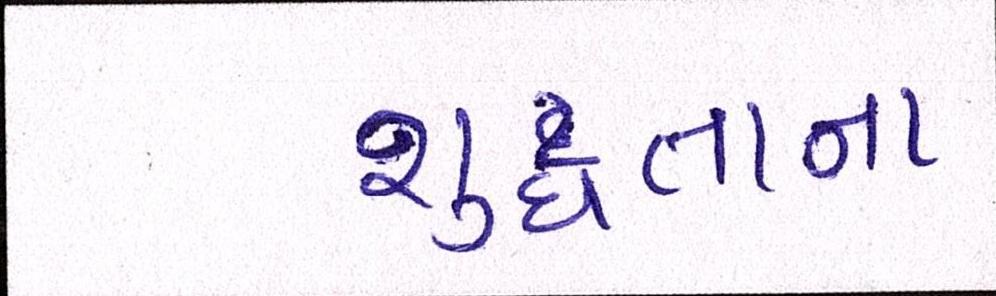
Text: શુદ્ધતાના